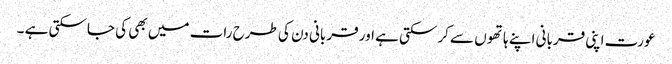
عورت اپنی قربانی اپنے ہاتھوں سے کرسکتی ہے اور قربانی دن کی طرح رات میں بھی کی جاسکتی ہے ۔